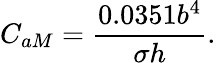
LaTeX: C_{aM}=\frac{0.0351b^{4}}{\sigma h}.